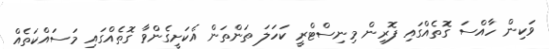
ވަކިން ހާއްސަ ގޮތެއްގައި ފޮރިން މިނިސްޓްރީ ކަހަލަ ތަންތަން އެކަށީގެންވާ ގޮތެއްގައި މަސައްކަތެއް